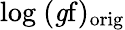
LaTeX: \mathrm{log~(\mathit gf)_{\mathrm{orig}}}